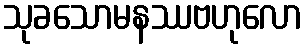
သုခသောမနဿဗဟုလော